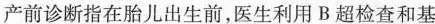
产前诊断指在胎儿出生前，医生利用B超检查和基